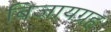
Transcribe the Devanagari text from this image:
बिजायग्रह